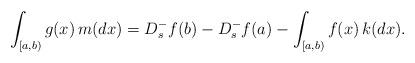
LaTeX: \begin{align*} \int_{[a,b)}g(x) \, m(dx) = D_{s}^- f(b) - D_{s}^- f(a) - \int_{[a,b)}f(x) \, k(dx). \end{align*}